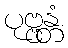
ပုဗ္ဗန္တံ